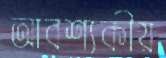
আবশ্যকীয়